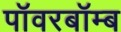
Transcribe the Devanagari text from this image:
पॉवरबॉम्ब